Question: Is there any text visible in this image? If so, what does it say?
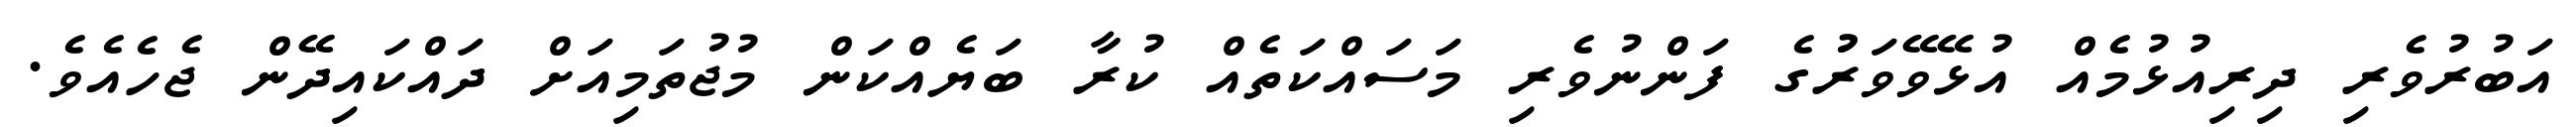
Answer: އަބުރުވެރި ދިރިއުޅުމެއް އުޅޭވޭވަރުުގެ ފަންނުވެރި މަސައްކަތެއް ކުރާ ބަޔެއްކަން މުޖުތަމިއަށް ދައްކައިދޭން ޖެހެއެވެ.